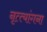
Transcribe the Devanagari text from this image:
नृत्त्यांगना